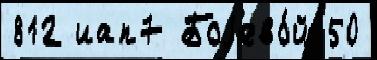
812 иап7 Боjево́й 50